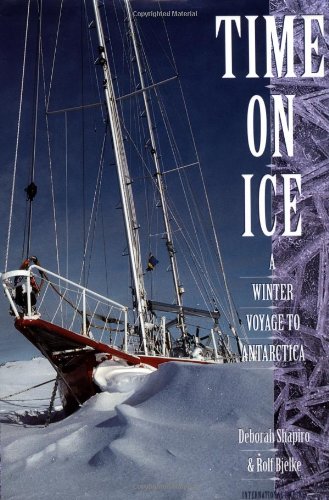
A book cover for Time on Ice: A Winter Voyage to Antarctica; Deborah Shapiro; Travel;